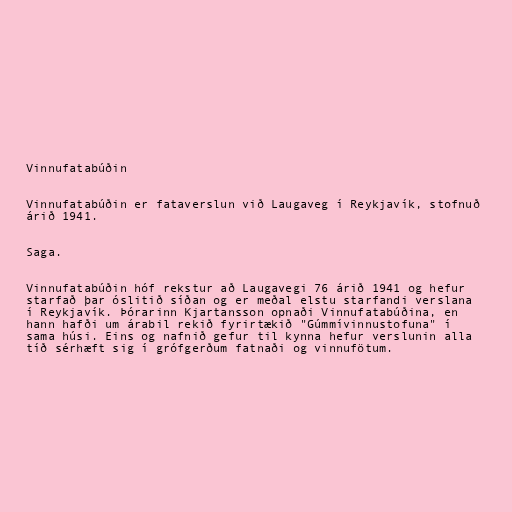
Vinnufatabúðin

Vinnufatabúðin er fataverslun við Laugaveg í Reykjavík, stofnuð
árið 1941.

Saga.

Vinnufatabúðin hóf rekstur að Laugavegi 76 árið 1941 og hefur
starfað þar óslitið síðan og er meðal elstu starfandi verslana
í Reykjavík. Þórarinn Kjartansson opnaði Vinnufatabúðina, en
hann hafði um árabil rekið fyrirtækið "Gúmmívinnustofuna" í
sama húsi. Eins og nafnið gefur til kynna hefur verslunin alla
tíð sérhæft sig í grófgerðum fatnaði og vinnufötum.